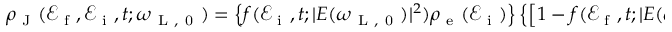
\begin{array} { r } { \rho _ { \mathrm { ~ J ~ } } ( \mathcal { E } _ { \mathrm { ~ f ~ } } , \mathcal { E } _ { \mathrm { ~ i ~ } } , t ; \omega _ { \mathrm { ~ L ~ , ~ 0 ~ } } ) = \left\{ f ( \mathcal { E } _ { \mathrm { ~ i ~ } } , t ; | E ( \omega _ { \mathrm { ~ L ~ , ~ 0 ~ } } ) | ^ { 2 } ) \rho _ { \mathrm { ~ e ~ } } ( \mathcal { E } _ { \mathrm { ~ i ~ } } ) \right\} \left\{ \left[ 1 - f ( \mathcal { E } _ { \mathrm { ~ f ~ } } , t ; | E ( \omega _ { \mathrm { ~ L ~ , ~ 0 ~ } } ) | ^ { 2 } ) \right] \rho _ { \mathrm { ~ e ~ } } ( \mathcal { E } _ { \mathrm { ~ f ~ } } ) \right\} . } \end{array}